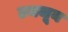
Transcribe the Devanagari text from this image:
उमजून